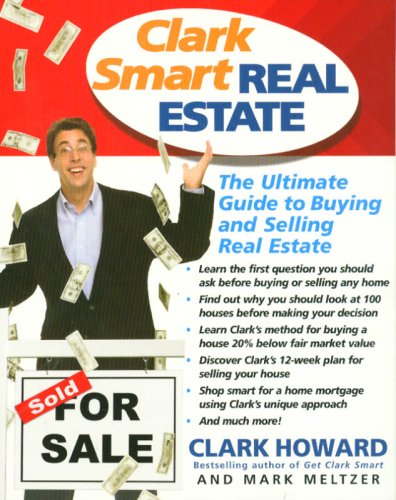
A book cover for Clark Smart Real Estate: The Ultimate Guide to Buying and Selling Real Estate; Clark Howard; Business & Money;